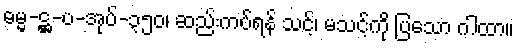
ဓမ္မ-ဋ္ဌ-ပ-အုပ်-၃၅၀၊ ဆည်းကပ်ရန် သင့်၊ မသင့်ကို ပြသော ဂါထာ။